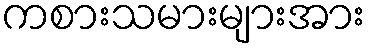
ကစားသမားများအား